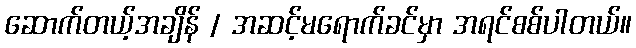
ဆောက်တယ့်အချိန် / အဆင့်မရောက်ခင်မှာ အရင်စစ်ပါတယ်။